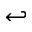
\hookleftarrow